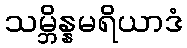
သမ္ဘိန္နမရိယာဒံ